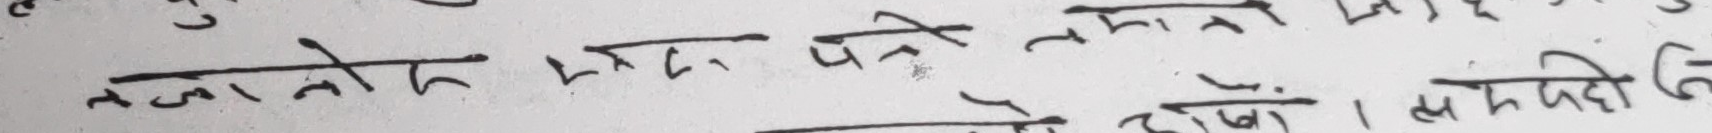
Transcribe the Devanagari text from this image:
नजानेको मुद्दा पन्ने नमोन
ने होइन। मनखेदी